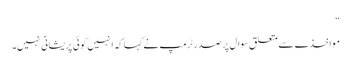
“
مواخذے سے متعلق سوال پر صدر ٹرمپ نے کہا کہ انہیں کوئی پریشانی نہیں۔